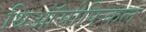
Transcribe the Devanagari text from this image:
थिऑसोफिकल